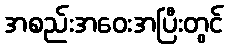
အစည်းအဝေးအပြီးတွင်